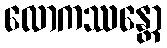
လောကဿန္တော